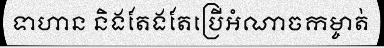
ទាហាន និងតែងតែប្រើអំណាចកម្ចាត់